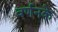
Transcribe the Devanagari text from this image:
वर्णनके